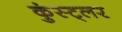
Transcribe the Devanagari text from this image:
कुंस्ट्लर